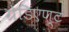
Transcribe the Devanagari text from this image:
ग्रेडिएण्ट